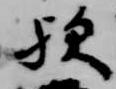
歟